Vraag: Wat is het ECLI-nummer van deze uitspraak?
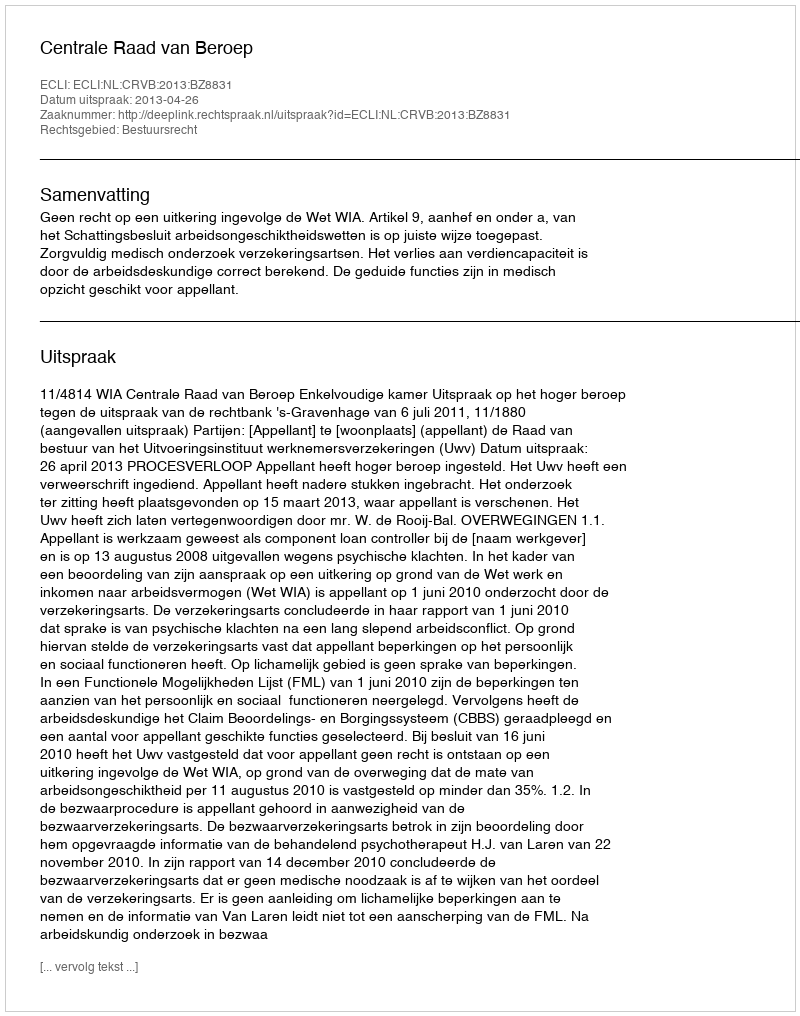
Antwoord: ECLI:NL:CRVB:2013:BZ8831